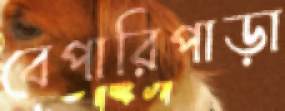
বেপারিপাড়া